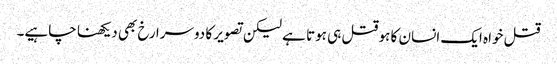
قتل خواہ ایک انسان کا ہو قتل ہی ہوتا ہے لیکن تصویر کا دوسرا رخ بھی دیکھنا چاہیے۔